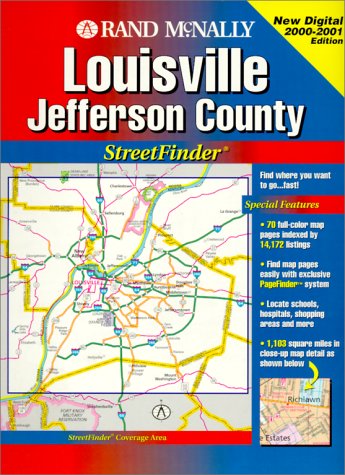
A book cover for Rand McNally Streetfinder: Louisville, Jefferson County; Travel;